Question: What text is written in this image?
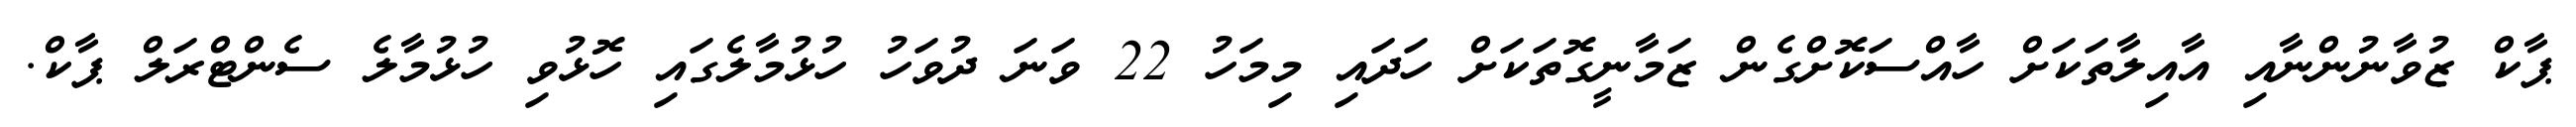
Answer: ޕާކް ޒުވާނުންނާއި އާއިލާތަކަށް ހާއްސަކޮށްގެން ޒަމާނީގޮތަކަށް ހަދައި މިމަހު 22 ވަނަ ދުވަހު ހުޅުމާލެގައި ހޮޅުވި ހުޅުމާލެ ސެންޓްރަލް ޕާކް.